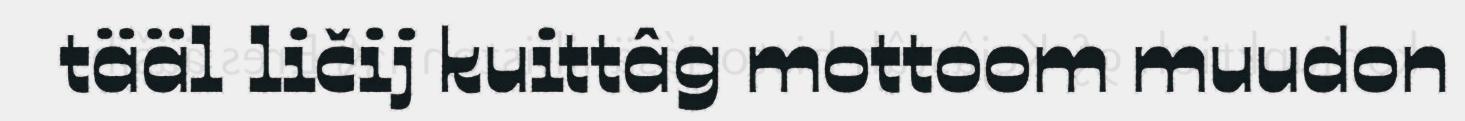
tääl ličij kuittâg mottoom muudon